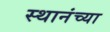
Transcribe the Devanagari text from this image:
स्थानंच्या